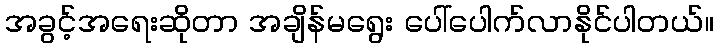
အခွင့်အရေးဆိုတာ အချိန်မရွေး ပေါ်ပေါက်လာနိုင်ပါတယ်။